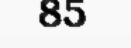
85